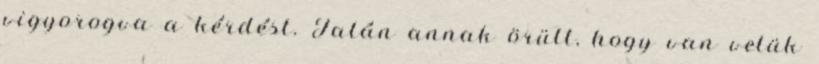
vigyorogva a kérdést. Talán annak örült, hogy van velük